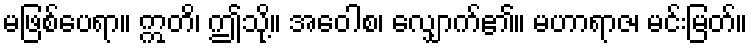
မဖြစ်ပေရာ။ ဣတိ၊ ဤသို့။ အဝေါစ၊ လျှောက်၏။ မဟာရာဇ၊ မင်းမြတ်။